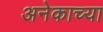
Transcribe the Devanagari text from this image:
अनेकाच्या